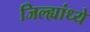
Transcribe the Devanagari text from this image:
जिल्ह्यांध्ये